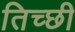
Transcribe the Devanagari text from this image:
तिच्छी